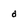
Character: d